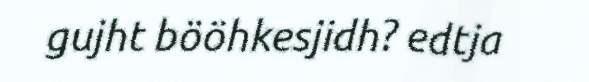
gujht bööhkesjidh? edtja